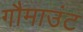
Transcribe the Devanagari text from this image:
गौमाउंट